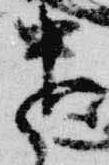
遣